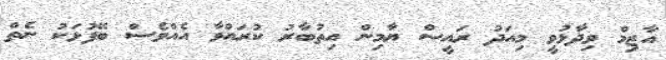
އާޒިމް ވިދާޅުވީ މިއަދު ރައީސް ޔާމިން އިތުބާރު ކުރައްވާ އެއްވެސް ބޭފުޅަކު ނެތް